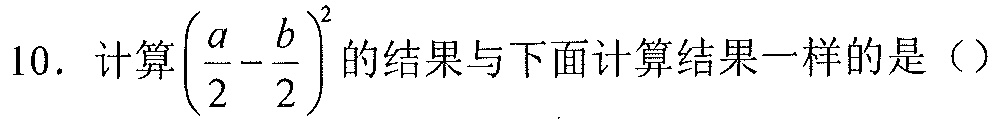
10. 计算\(\left(\frac{a}{2}-\frac{b}{2}\right)^{2}\)的结果与下面计算结果一样的是（）